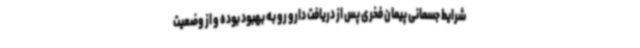
شرایط جسمانی پیمان فخری پس از دریافت دارو رو به بهبود بوده و از وضعیت